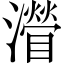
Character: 𤁽